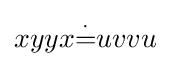
xyyx{\overset {\cdot }{=}}uvvu